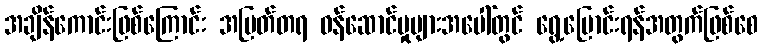
အချိန်ကောင်းဖြစ်ကြောင်း အမြတ်တရ ဝန်ဆောင်မှုများအပေါ်တွင် ရွေ့ပြောင်းရန်အတွက်ဖြစ်စေ